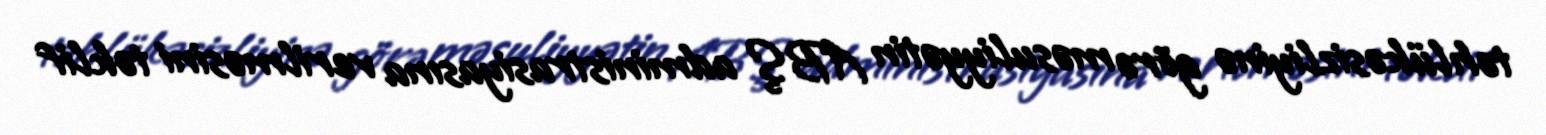
təhlükəsizliyinə görə məsuliyyətin ABŞ administrasiyasına verilməsini təklif